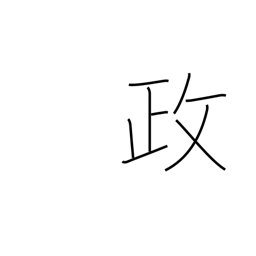
Meaning: politics